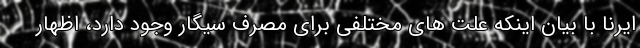
ایرنا با بیان اینکه علت های مختلفی برای مصرف سیگار وجود دارد،‌ اظهار